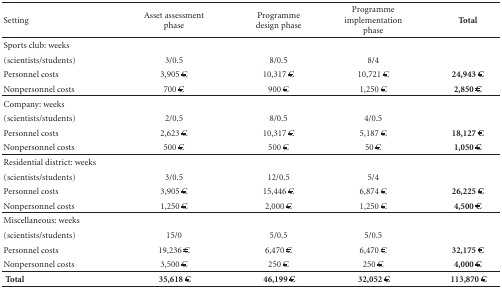
<table><thead><tr><td><b>Setting</b></td><td><b>Asset assessment phase</b></td><td><b>Programme design phase</b></td><td><b>Programme implementation phase</b></td><td><b>Total</b></td></tr></thead><tbody><tr><td>Sports club: weeks</td><td></td><td></td><td></td><td></td></tr><tr><td>(scientists/students)</td><td> 3/0.5</td><td> 8/0.5</td><td> 8/4</td><td></td></tr><tr><td> Personnel costs</td><td> 3,905 €</td><td> 10,317 €</td><td> 10,721 €</td><td><b>24,943</b> <b>€ </b></td></tr><tr><td>Nonpersonnel costs</td><td> 700 €</td><td> 900 €</td><td> 1,250 €</td><td><b>2,850</b> <b>€</b></td></tr><tr><td>Company: weeks</td><td></td><td></td><td></td><td></td></tr><tr><td>(scientists/students)</td><td> 2/0.5</td><td> 8/0.5</td><td> 4/0.5</td><td></td></tr><tr><td> Personnel costs</td><td> 2,623 €</td><td> 10,317 €</td><td> 5,187 €</td><td><b>18,127</b> <b>€ </b></td></tr><tr><td>Nonpersonnel costs</td><td> 500 €</td><td> 500 €</td><td> 50 €</td><td><b>1,050</b> <b>€</b></td></tr><tr><td>Residential district: weeks</td><td></td><td></td><td></td><td></td></tr><tr><td>(scientists/students)</td><td> 3/0.5</td><td> 12/0.5</td><td> 5/4</td><td></td></tr><tr><td> Personnel costs</td><td> 3,905 €</td><td> 15,446 €</td><td> 6,874 €</td><td><b>26,225</b> <b>€ </b></td></tr><tr><td>Nonpersonnel costs</td><td> 1,250 €</td><td> 2,000 €</td><td> 1,250 €</td><td><b>4,500</b> <b>€</b></td></tr><tr><td>Miscellaneous: weeks</td><td></td><td></td><td></td><td></td></tr><tr><td>(scientists/students)</td><td> 15/0</td><td> 5/0.5</td><td> 5/0.5</td><td></td></tr><tr><td> Personnel costs</td><td> 19,236 €</td><td> 6,470 €</td><td> 6,470 €</td><td><b>32,175</b> <b>€ </b></td></tr><tr><td>Nonpersonnel costs</td><td> 3,500 €</td><td> 250 €</td><td> 250 €</td><td><b>4,000</b> <b>€</b></td></tr><tr><td><b> Total</b></td><td><b> 35,618</b> <b>€</b></td><td><b> 46,199</b> <b>€</b></td><td><b> 32,052</b> <b>€</b></td><td><b> 113,870</b> <b>€</b></td></tr></tbody></table>